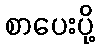
စာပေးပို့